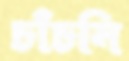
চাঁচনি